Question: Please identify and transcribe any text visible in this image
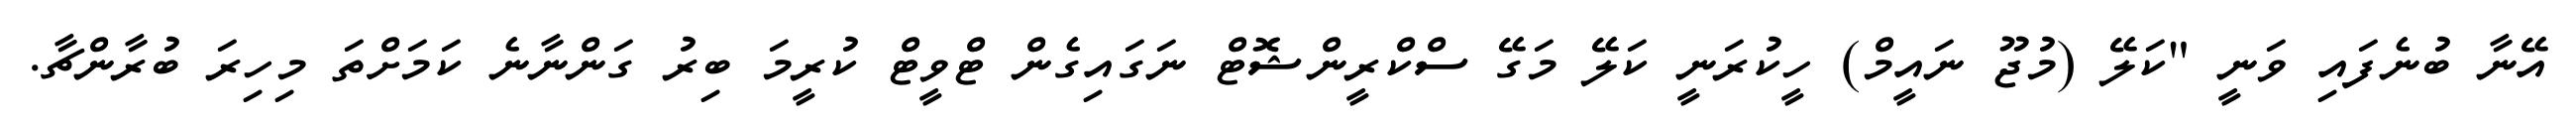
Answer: އޭނާ ބުނެފައި ވަނީ "ކަލޭ (މުޖޫ ނައީމް) ހީކުރަނީ ކަލޭ މަގޭ ސްކްރީންޝޮޓް ނަގައިގެން ޓްވީޓް ކުރީމަ ބިރު ގަންނާނެ ކަމަށްތަ މިހިރަ ބުރާންޗާ.